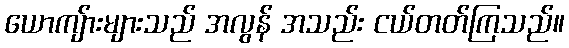
ယောကျ်ားများသည် အလွန် အသည်း ငယ်တတ်ကြသည်။